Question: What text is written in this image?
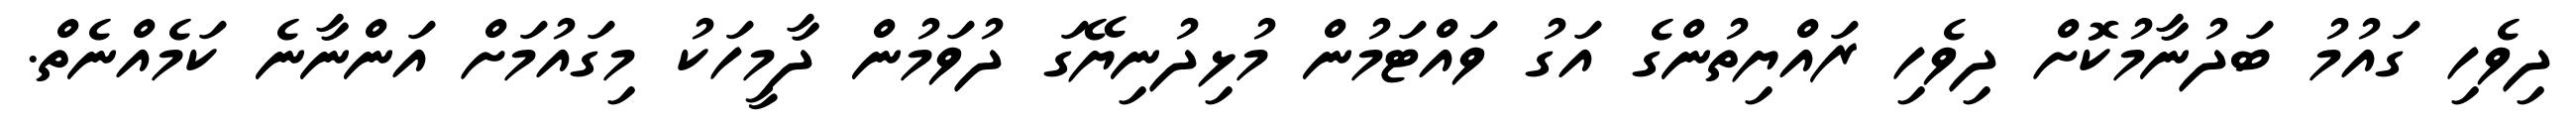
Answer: ދިވެހި ގައުމު ބަދުނާމުކޮށް ދިވެހި ރައްޔިތުންގެ އަގު ވައްޓަމުން މުޅިދުނިޔޭގަ ދުވަމުން ދާމީހަކު މިގައުމަށް އަންނާނެ ކަމެއްނެތް.